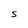
Character: S